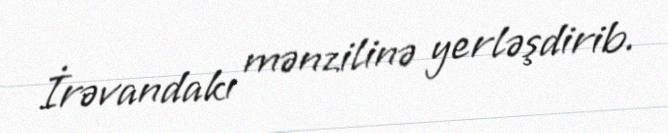
İrəvandakı mənzilinə yerləşdirib.